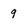
Character: g